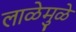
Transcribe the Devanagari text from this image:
लाळेमुळे